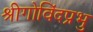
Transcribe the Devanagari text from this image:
श्रीगोविंदप्रभु